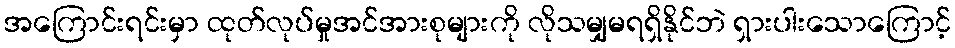
အကြောင်းရင်းမှာ ထုတ်လုပ်မှုအင်အားစုများကို လိုသမျှမရရှိနိုင်ဘဲ ရှားပါးသောကြောင့်